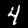
Digit: 4